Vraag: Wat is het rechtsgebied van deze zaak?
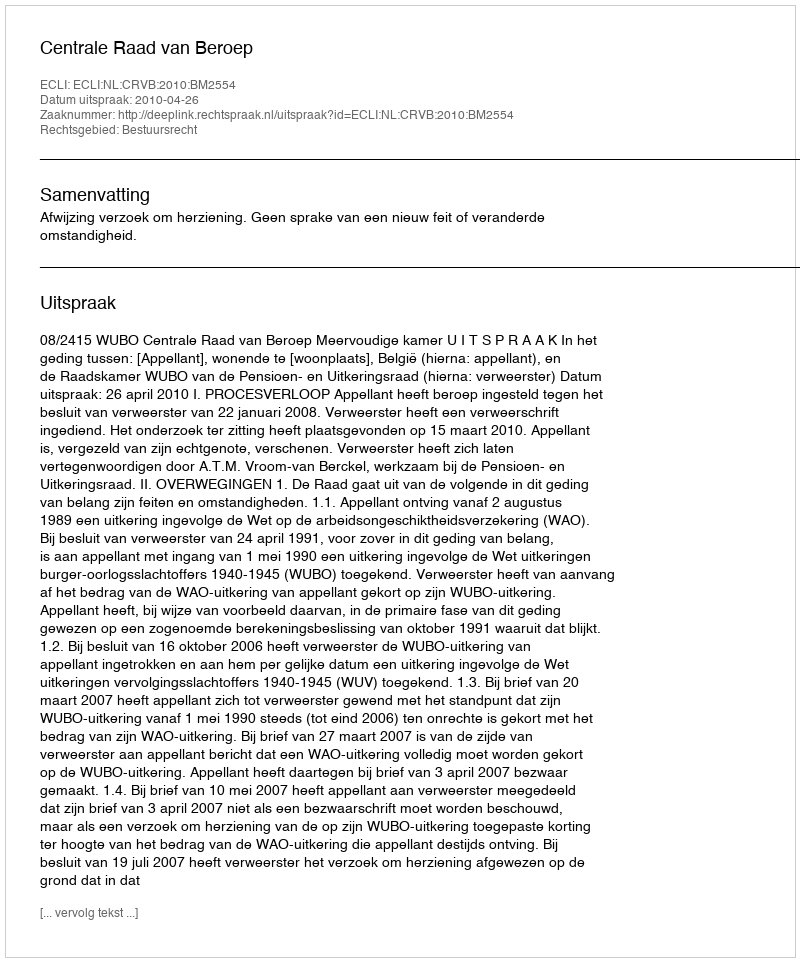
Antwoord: Bestuursrecht